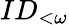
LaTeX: ID_{<\omega}